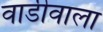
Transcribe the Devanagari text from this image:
वाडीवाला